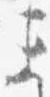
ま